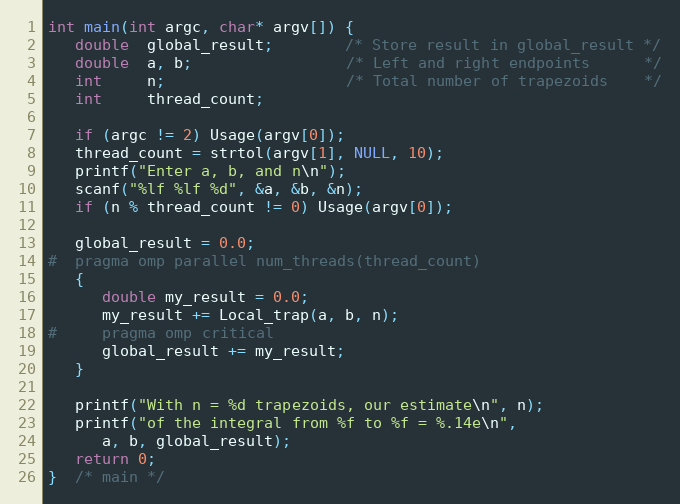
Language: C
int main(int argc, char* argv[]) {
   double  global_result;        /* Store result in global_result */
   double  a, b;                 /* Left and right endpoints      */
   int     n;                    /* Total number of trapezoids    */
   int     thread_count;

   if (argc != 2) Usage(argv[0]);
   thread_count = strtol(argv[1], NULL, 10);
   printf("Enter a, b, and n\n");
   scanf("%lf %lf %d", &a, &b, &n);
   if (n % thread_count != 0) Usage(argv[0]);

   global_result = 0.0;
#  pragma omp parallel num_threads(thread_count)
   {
      double my_result = 0.0;
      my_result += Local_trap(a, b, n);
#     pragma omp critical
      global_result += my_result;
   }

   printf("With n = %d trapezoids, our estimate\n", n);
   printf("of the integral from %f to %f = %.14e\n",
      a, b, global_result);
   return 0;
}  /* main */